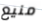
منيع